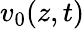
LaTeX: v_{0}(z,t)